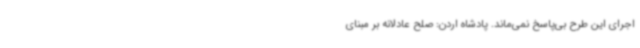
اجرای این طرح بی‌پاسخ نمی‌ماند. پادشاه اردن: صلح عادلانه بر مبنای